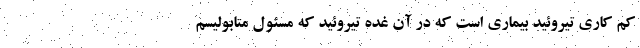
کم کاری تیروئید بیماری است که در آن غده تیروئید که مسئول متابولیسم